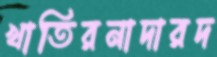
খাতিরনাদারদ